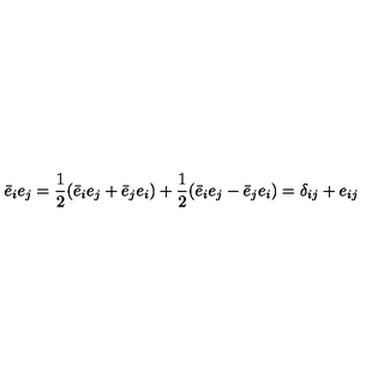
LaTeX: \bar { e } _ { i } e _ { j } = \frac { 1 } { 2 } ( \bar { e } _ { i } e _ { j } + \bar { e } _ { j } e _ { i } ) + \frac { 1 } { 2 } ( \bar { e } _ { i } e _ { j } - \bar { e } _ { j } e _ { i } ) = \delta _ { i j } + e _ { i j }